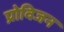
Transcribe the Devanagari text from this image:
प्रोविजन